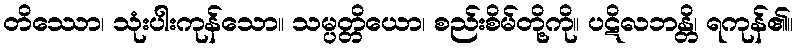
တိဿော၊ သုံးပါးကုန်သော။ သမ္ပတ္တိယော၊ စည်းစိမ်တို့ကို။ ပဋိလဘန္တိ၊ ရကုန်၏။